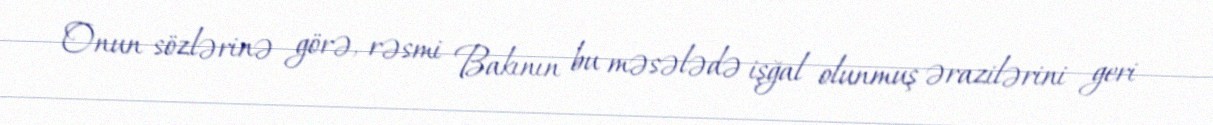
Onun sözlərinə görə, rəsmi Bakının bu məsələdə işğal olunmuş ərazilərini geri